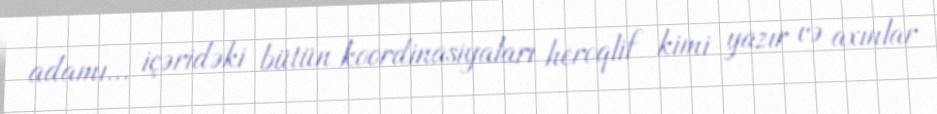
adamı... içəridəki bütün koordinasiyaları heroqlif kimi yazır və axınlar